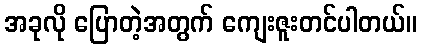
အခုလို ပြောတဲ့အတွက် ကျေးဇူးတင်ပါတယ်။